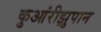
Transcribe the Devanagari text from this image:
कुआंरीझुपान